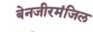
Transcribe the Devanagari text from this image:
बेनजीरमंजिल